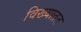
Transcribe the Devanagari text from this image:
विख्यातत